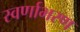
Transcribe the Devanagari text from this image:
स्वर्णाभरण